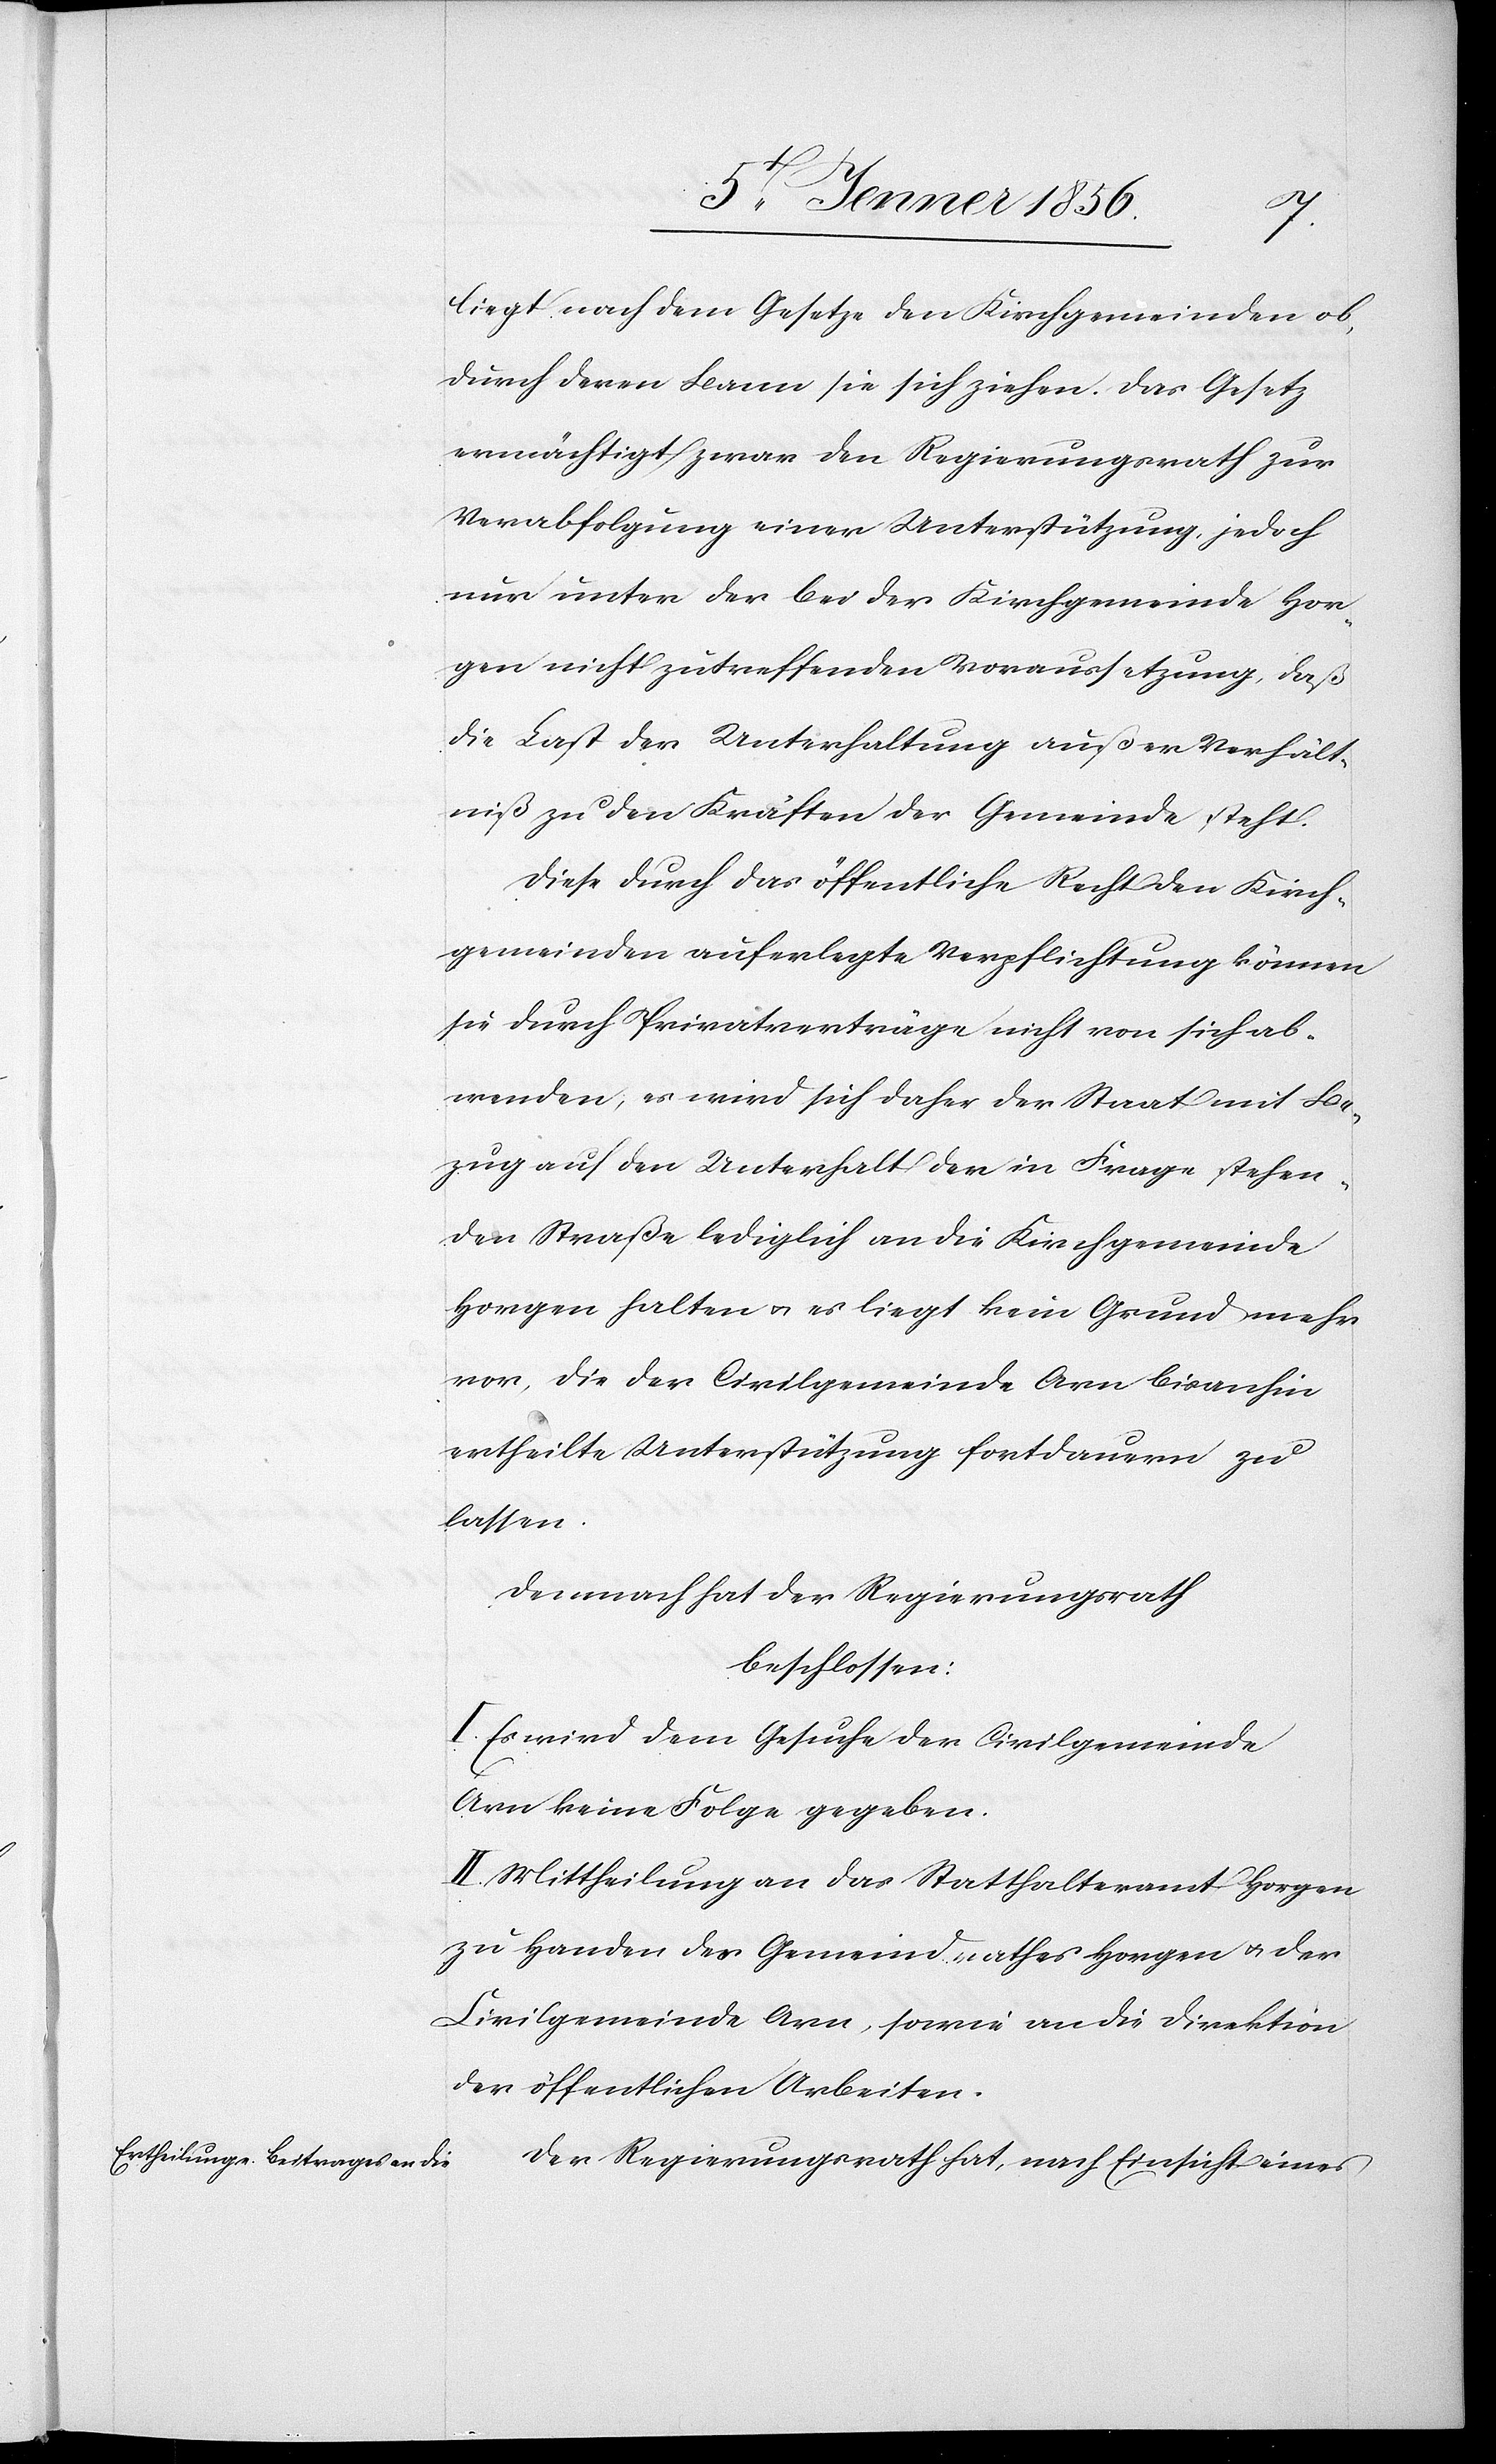
liegt nach dem Gesetze den Kirchgemeinden ob,
durch deren Bann sie sich ziehen. Das Gesetz
ermächtigt zwar den Regierungsrath zur
Verabfolgung einer Unterstützung, jedoch
nur unter der bei der Kirchgemeinde Hor¬
gen nicht zutreffenden Voraussetzung, daß
die Last der Unterhaltung außer Verhält¬
niß zu den Kräften der Gemeinde steht.
Diese durch das öffentliche Recht den Kirch¬
gemeinden auferlegte Verpflichtung können
sie durch Privatverträge nicht von sich ab¬
wenden, es wird sich daher der Staat mit Be¬
zug auf den Unterhalt der in Frage stehen¬
den Straße lediglich an die Kirchgemeinde
Horgen halten u. es liegt kein Grund mehr
vor, die der Civilgemeinde Arn bisanhin
ertheilte Unterstützung fortdauern zu
lassen.
Demnach hat der Regierungsrath
beschlossen:
I. Es wird dem Gesuche der Civilgemeinde
Arn keine Folge gegeben.
II. Mittheilung an das Statthalteramt Horgen
zu Handen des Gemeinderathes Horgen u. der
Civilgemeinde Arn, sowie an die Direktion
der öffentlichen Arbeiten.
Der Regierungsrath hat, nach Einsicht eines